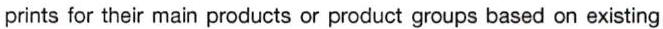
prints for their main products or product groups based on existing